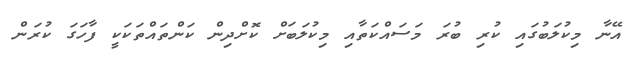
އޭނާ މިކުލަބުގައި ކުރި ބުރަ މަސައްކަތާއި މިކުލަބަށް ކޮށްދިން ކަންތައްތަކަކީ ފާހަގަ ކުރަން